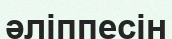
әліппесін